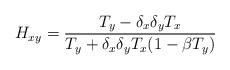
LaTeX: \begin{align*} H_{xy} = \frac{T_y - \delta_x \delta_y T_x}{T_y + \delta_x \delta_y T_x( 1-\beta T_y)}\end{align*}